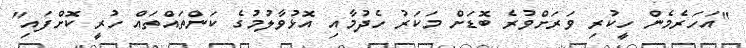
"އަހަރެމެން ހީކުރި ވަރަށްވުރެ ބޮޑަށް މަކަރު ހެދުމާއި އޮޅުވާލުމުގެ ކަންތައްތައް ހުރީ ކޮށްފައި"